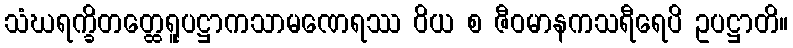
သံဃရက္ခိတတ္ထေရူပဋ္ဌာကသာမဏေရဿ ဝိယ စ ဇီဝမာနကသရီရေပိ ဥပဋ္ဌာတိ။